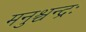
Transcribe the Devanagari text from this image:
मनुश्चन्द्रः